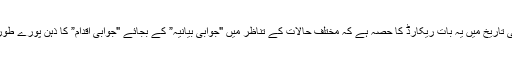
ہمارے برصغیر کی تاریخ میں یہ بات ریکارڈ کا حصہ ہے کہ مختلف حالات کے تناظر میں "جوابی بیانیہ” کے بجائے "جوابی اقدام” کا ذہن پورے طورپر موجود رہا ہے۔